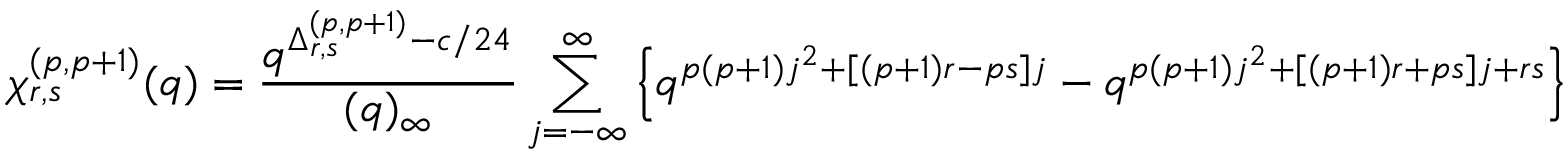
\chi _ { r , s } ^ { ( p , p + 1 ) } ( q ) = \frac { q ^ { \Delta _ { r , s } ^ { ( p , p + 1 ) } - c / 2 4 } } { ( q ) _ { \infty } } \sum _ { j = - \infty } ^ { \infty } \left\{ q ^ { p ( p + 1 ) j ^ { 2 } + [ ( p + 1 ) r - p s ] j } - q ^ { p ( p + 1 ) j ^ { 2 } + [ ( p + 1 ) r + p s ] j + r s } \right\}